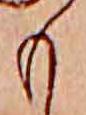
も